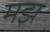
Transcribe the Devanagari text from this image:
मझ